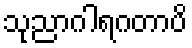
သုညာဂါရဂတာပိ